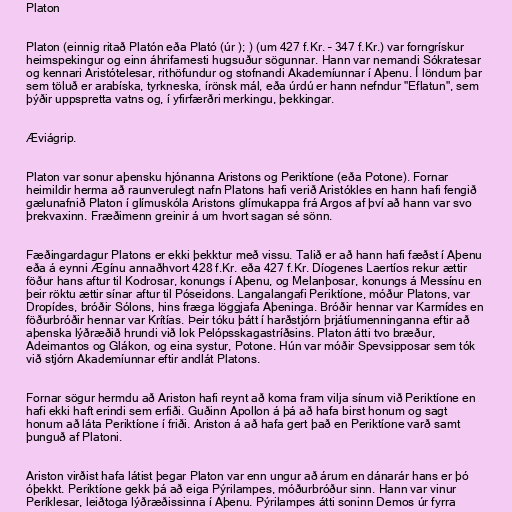
Platon

Platon (einnig ritað Platón eða Plató (úr ); ) (um 427 f.Kr. – 347 f.Kr.) var forngrískur
heimspekingur og einn áhrifamesti hugsuður sögunnar. Hann var nemandi Sókratesar
og kennari Aristótelesar, rithöfundur og stofnandi Akademíunnar í Aþenu. Í löndum þar
sem töluð er arabíska, tyrkneska, írönsk mál, eða úrdú er hann nefndur "Eflatun", sem
þýðir uppspretta vatns og, í yfirfærðri merkingu, þekkingar.

Æviágrip.

Platon var sonur aþensku hjónanna Aristons og Periktíone (eða Potone). Fornar
heimildir herma að raunverulegt nafn Platons hafi verið Aristókles en hann hafi fengið
gælunafnið Platon í glímuskóla Aristons glímukappa frá Argos af því að hann var svo
þrekvaxinn. Fræðimenn greinir á um hvort sagan sé sönn.

Fæðingardagur Platons er ekki þekktur með vissu. Talið er að hann hafi fæðst í Aþenu
eða á eynni Ægínu annaðhvort 428 f.Kr. eða 427 f.Kr. Díogenes Laertíos rekur ættir
föður hans aftur til Kodrosar, konungs í Aþenu, og Melanþosar, konungs á Messínu en
þeir röktu ættir sínar aftur til Póseidons. Langalangafi Periktíone, móður Platons, var
Dropídes, bróðir Sólons, hins fræga löggjafa Aþeninga. Bróðir hennar var Karmídes en
föðurbróðir hennar var Krítías. Þeir tóku þátt í harðstjórn þrjátíumenninganna eftir að
aþenska lýðræðið hrundi við lok Pelópsskagastríðsins. Platon átti tvo bræður,
Adeimantos og Glákon, og eina systur, Potone. Hún var móðir Spevsipposar sem tók
við stjórn Akademíunnar eftir andlát Platons.

Fornar sögur hermdu að Ariston hafi reynt að koma fram vilja sínum við Periktíone en
hafi ekki haft erindi sem erfiði. Guðinn Apollon á þá að hafa birst honum og sagt
honum að láta Periktíone í friði. Ariston á að hafa gert það en Periktíone varð samt
þunguð af Platoni.

Ariston virðist hafa látist þegar Platon var enn ungur að árum en dánarár hans er þó
óþekkt. Periktíone gekk þá að eiga Pýrilampes, móðurbróður sinn. Hann var vinur
Períklesar, leiðtoga lýðræðissinna í Aþenu. Pýrilampes átti soninn Demos úr fyrra